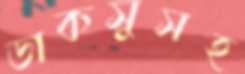
ডাকসুসহ